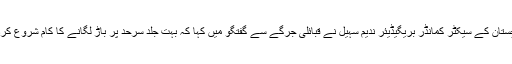
ایف سی بلوچستان کے سیکٹر کمانڈر بریگیڈیئر ندیم سہیل نے قبائلی جرگے سے گفتگو میں کہا کہ بہت جلد سرحد پر باڑ لگانے کا کام شروع کردیا جائے گا۔